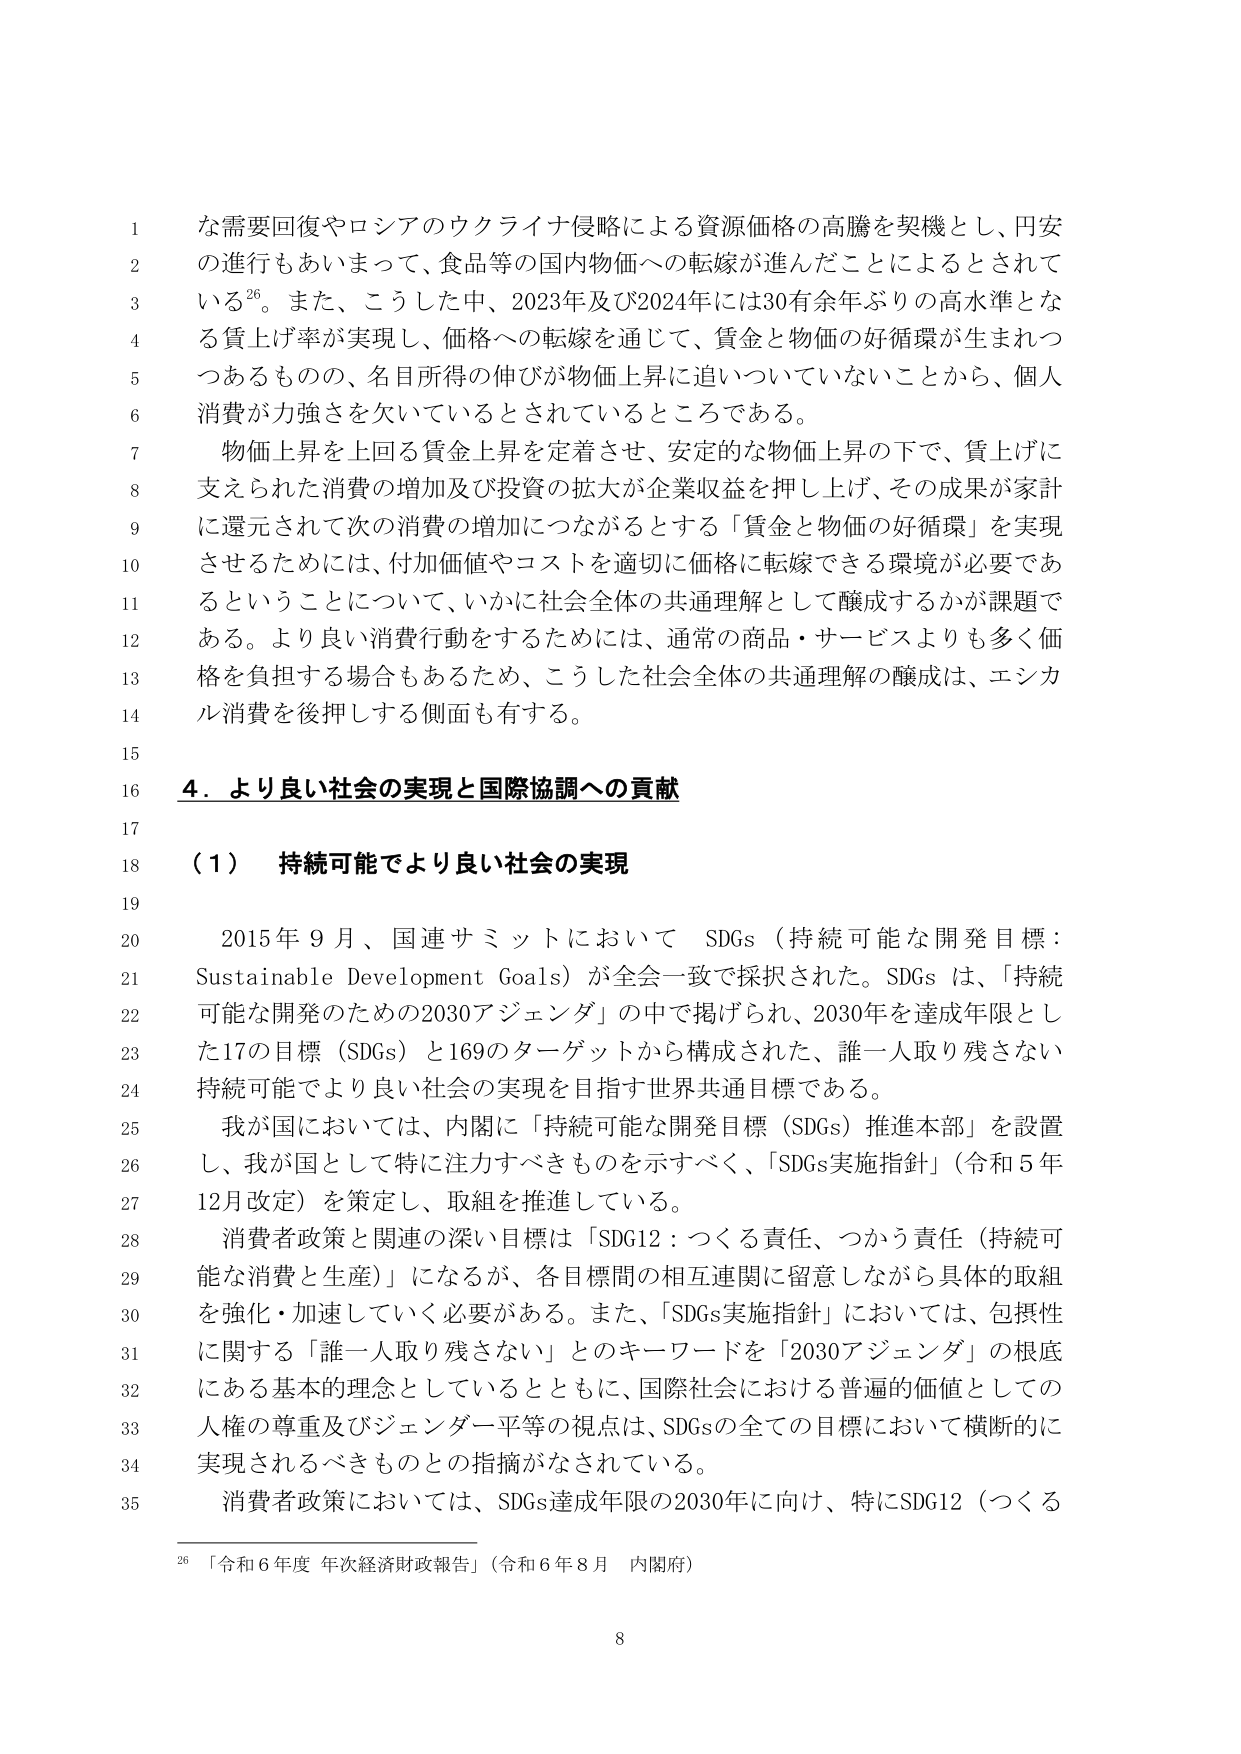
な需要回復やロシアのウクライナ侵略による資源価格の高騰を契機とし、円安
の進行もあいまって、食品等の国内物価への転嫁が進んだことによるとされて
いる26。また、こうした中、2023年及び2024年には30有余年ぶりの高水準とな
る賃上げ率が実現し、価格への転嫁を通じて、賃金と物価の好循環が生まれつ
つあるものの、名目所得の伸びが物価上昇に追いついていないことから、個人
消費が力強さを欠いているとされているところである。
物価上昇を上回る賃金上昇を定着させ、安定的な物価上昇の下で、賃上げに
支えられた消費の増加及び投資の拡大が企業収益を押し上げ、その成果が家計
に還元されて次の消費の増加につながるとする「賃金と物価の好循環」を実現
させるためには、付加価値やコストを適切に価格に転嫁できる環境が必要であ
るということについて、いかに社会全体の共通理解として醸成するかが課題で
ある。より良い消費行動をするためには、通常の商品・サービスよりも多く価
格を負担する場合もあるため、こうした社会全体の共通理解の醸成は、エシカ
ル消費を後押しする側面も有する。

4．より良い社会の実現と国際協調への貢献

（1） 持続可能でより良い社会の実現

2015年9月、国連サミットにおいて SDGs（持続可能な開発目標：
Sustainable Development Goals）が全会一致で採択された。SDGs は、「持続
可能な開発のための2030アジェンダ」の中で掲げられ、2030年を達成年限とし
た17の目標（SDGs）と169のターゲットから構成された、誰一人取り残さない
持続可能でより良い社会の実現を目指す世界共通目標である。
我が国においては、内閣に「持続可能な開発目標（SDGs）推進本部」を設置
し、我が国として特に注力すべきものを示すべく、「SDGs実施指針」（令和5年
12月改定）を策定し、取組を推進している。
消費者政策と関連の深い目標は「SDG12：つくる責任、つかう責任（持続可
能な消費と生産）」になるが、各目標間の相互連関に留意しながら具体的取組
を強化・加速していく必要がある。また、「SDGs実施指針」においては、包摂性
に関する「誰一人取り残さない」とのキーワードを「2030アジェンダ」の根底
にある基本的理念としているとともに、国際社会における普遍的価値としての
人権の尊重及びジェンダー平等の視点は、SDGsの全ての目標において横断的に
実現されるべきものとの指摘がなされている。
消費者政策においては、SDGs達成年限の2030年に向け、特にSDG12（つくる

26 「令和6年度 年次経済財政報告」（令和6年8月 内閣府）

8